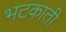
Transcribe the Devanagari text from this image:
भटकाती